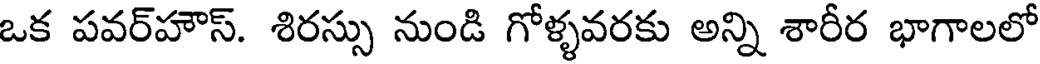
ఒక పవర్హౌస్. శిరస్సు నుండి గోళ్ళవరకు అన్ని శారీర భాగాలలో